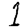
Digit: 1